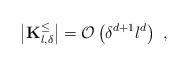
LaTeX: \begin{align*}\left\vert \mathbf{K}_{l,\delta }^{\leq }\right\vert =\mathcal{O}\left(\delta ^{d+1}l^{d}\right) \ , \end{align*}